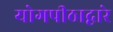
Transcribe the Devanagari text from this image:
योगपीठाद्वारे